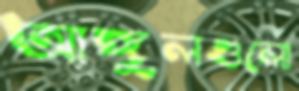
আঙ্গুলগুলো